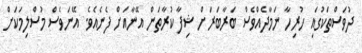
ދުވަސްތަކުގައި ހުރިހާ ނަމާދެއްވެސް ބަރާބަރަށް ޝިފާ ކުރާތަން އޭނާއަށް ފެނެއެވެ. އޭނަވެސް މުސްލިމަކަށް